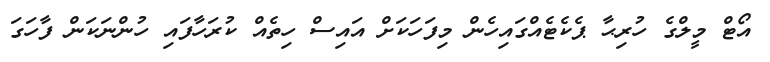
އޯޓް މީލްގެ ހުރިޙާ ޕެކެޓެއްގައިހެން މިފަހަކަށް އައިސް ހިތެއް ކުރަހާފައި ހުންނަކަން ފާހަގަ